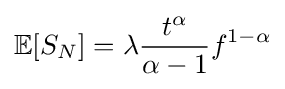
\mathbb {E} [S_{N}]=\lambda {\frac {t^{\alpha }}{\alpha -1}}f^{1-\alpha }